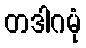
တဒါဂမုံ